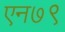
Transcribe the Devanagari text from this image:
एन७९